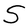
Character: S